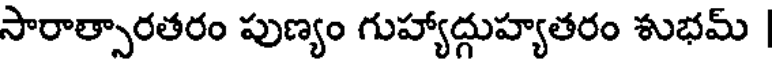
సారాత్సారతరం పుణ్యం గుహ్యాద్గుహ్యతరం శుభమ్ |